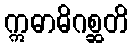
ဣဓာဓိဂစ္ဆတိ